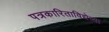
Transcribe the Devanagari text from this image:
पत्रकारिताविद्येच्या